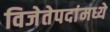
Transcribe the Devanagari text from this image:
विजेतेपदांमध्ये